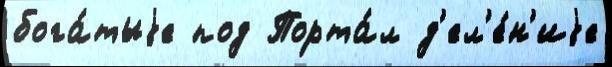
бога́тыjе под Порта́л д'ел'е́н'иjе